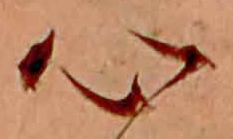
心